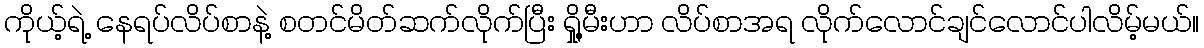
ကိုယ့်ရဲ့ နေရပ်လိပ်စာနဲ့ စတင်မိတ်ဆက်လိုက်ပြီး ရှို့မီးဟာ လိပ်စာအရ လိုက်လောင်ချင်လောင်ပါလိမ့်မယ်။